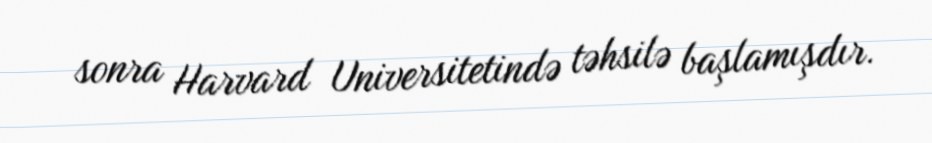
sonra Harvard Universitetində təhsilə başlamışdır.